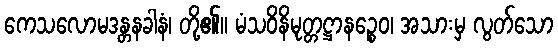
ကေသလောမဒန္တနခါနံ၊ တို့၏။ မံသဝိနိမုတ္တဋ္ဌာနဉ္စေဝ၊ အသားမှ လွတ်သော